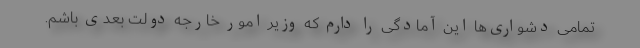
تمامی دشواری‌ها این آمادگی را دارم که وزیر امور خارجه دولت بعدی باشم.